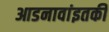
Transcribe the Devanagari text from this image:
आडनावांइतकी